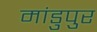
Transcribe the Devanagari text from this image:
मांडुपुर